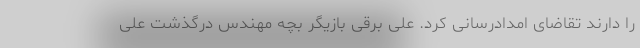
را دارند تقاضای امدادرسانی کرد. علی برقی بازیگر بچه مهندس درگذشت علی